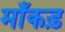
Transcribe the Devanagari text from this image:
माँकड़